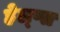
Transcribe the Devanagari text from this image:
हेल्प्स